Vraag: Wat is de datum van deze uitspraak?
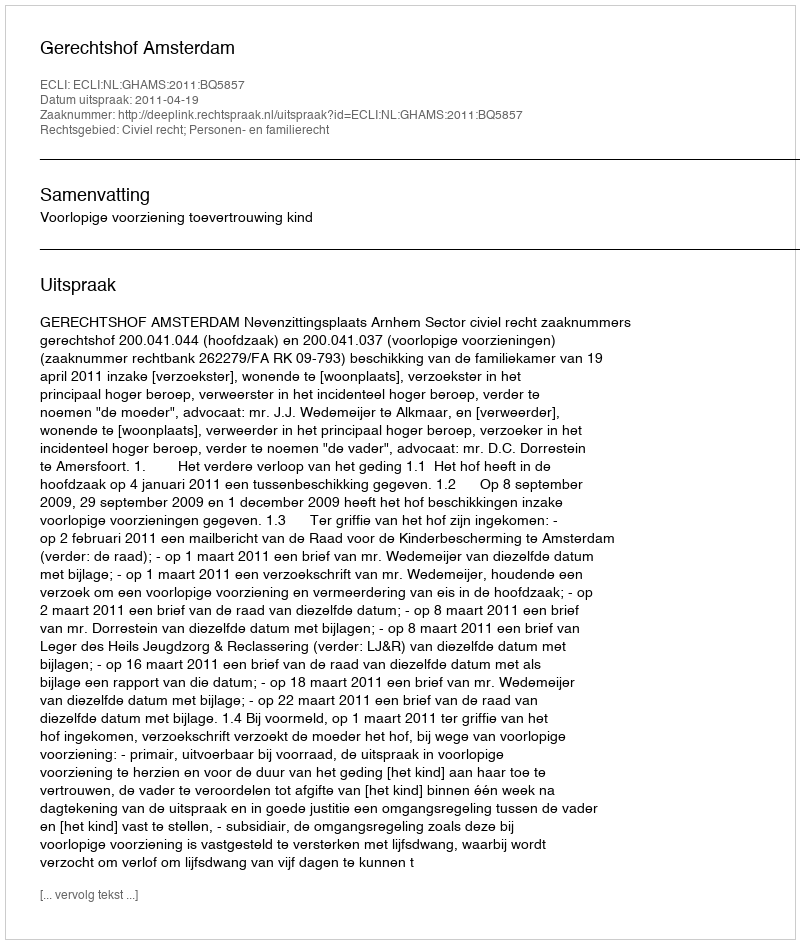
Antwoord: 2011-04-19